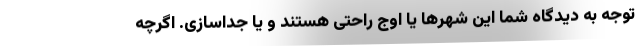
توجه به دیدگاه شما این شهرها یا اوج راحتی هستند و یا جداسازی. اگرچه